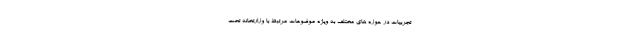
تجربیات در حوزه های مختلف به ویژه موضوعات مرتبط با وزارتخانه تحت